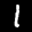
Label: 1